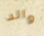
والد